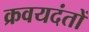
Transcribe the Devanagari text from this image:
क्रवयदंतों